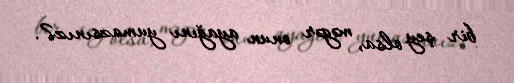
bir şey olsa, məgər onun ayağını yumazsınız?.